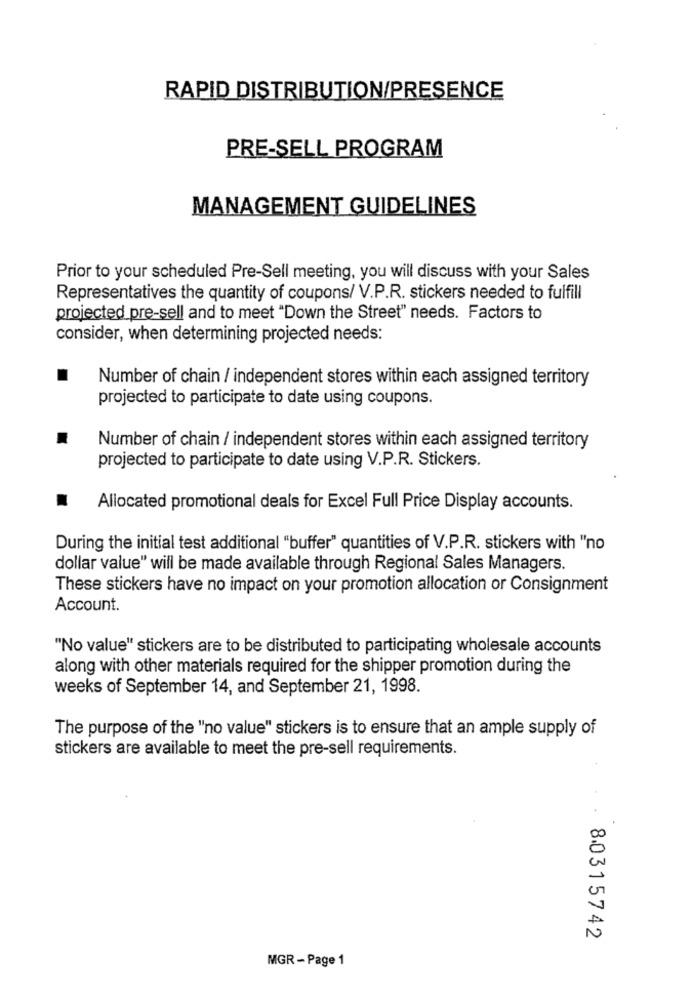
RAPID DISTRIBUTION/PRESENCE
PRE-SELL PROGRAM
MANAGEMENT GUIDELINES
Prior to your scheduled Pre-Sell meeting, you will discuss with your Sales
Representatives the quantity of coupons/ V.P.R. stickers needed to fulfill
projected pre-sell and to meet "Down the Street" needs. Factors to
consider, when determining projected needs:
Number of chain / independent stores within each assigned territory
projected to participate to date using coupons.
Number of chain / independent stores within each assigned territory
projected to participate to date using V.P.R. Stickers.
Allocated promotional deals for Excel Full Price Display accounts.
During the initial test additional "buffer" quantities of V.P.R. stickers with "no
dollar value" will be made available through Regional Sales Managers.
These stickers have no impact on your promotion allocation or Consignment
Account.
"No value" stickers are to be distributed to participating wholesale accounts
along with other materials required for the shipper promotion during the
weeks of September 14, and September 21, 1998.
The purpose of the "no value" stickers is to ensure that an ample supply of
stickers are available to meet the pre-sell requirements.
8.0315742
MGR - Page 1